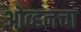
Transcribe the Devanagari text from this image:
ओव्हनचा